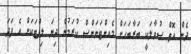
ދެން އޮތް ސުވާލަކީ ބަރާބަހަށް މެއިންޓަނަންސް ކުރަމުން ދިޔަ ލިފްޓަކަށް އެ ފަދަ